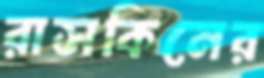
রাসকিনের